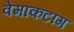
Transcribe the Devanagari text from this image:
वेमाकटांग